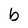
Character: b